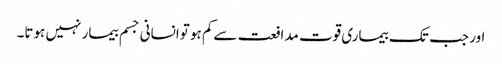
اور جب تک بیماری قوت مدافعت سےکم ہو توانسانی جسم بیمار نہیں ہوتا۔